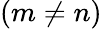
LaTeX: (m\ne n)